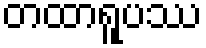
တထာရူပဿ